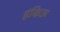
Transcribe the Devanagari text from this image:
हंकिऊ